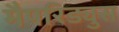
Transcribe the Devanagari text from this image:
मैपरिड्युस